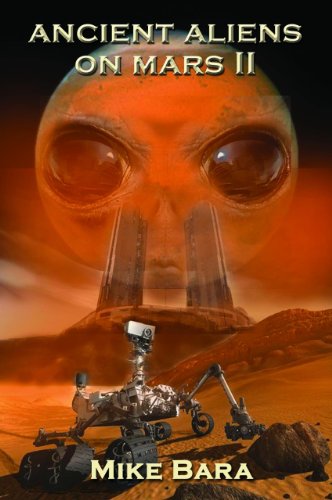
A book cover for Ancient Aliens on Mars II; Mike Bara; Science & Math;